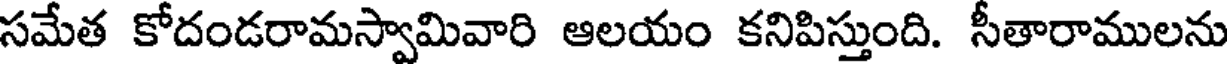
సమేత కోదండరామస్వామివారి ఆలయం కనిపిస్తుంది. సీతారాములను